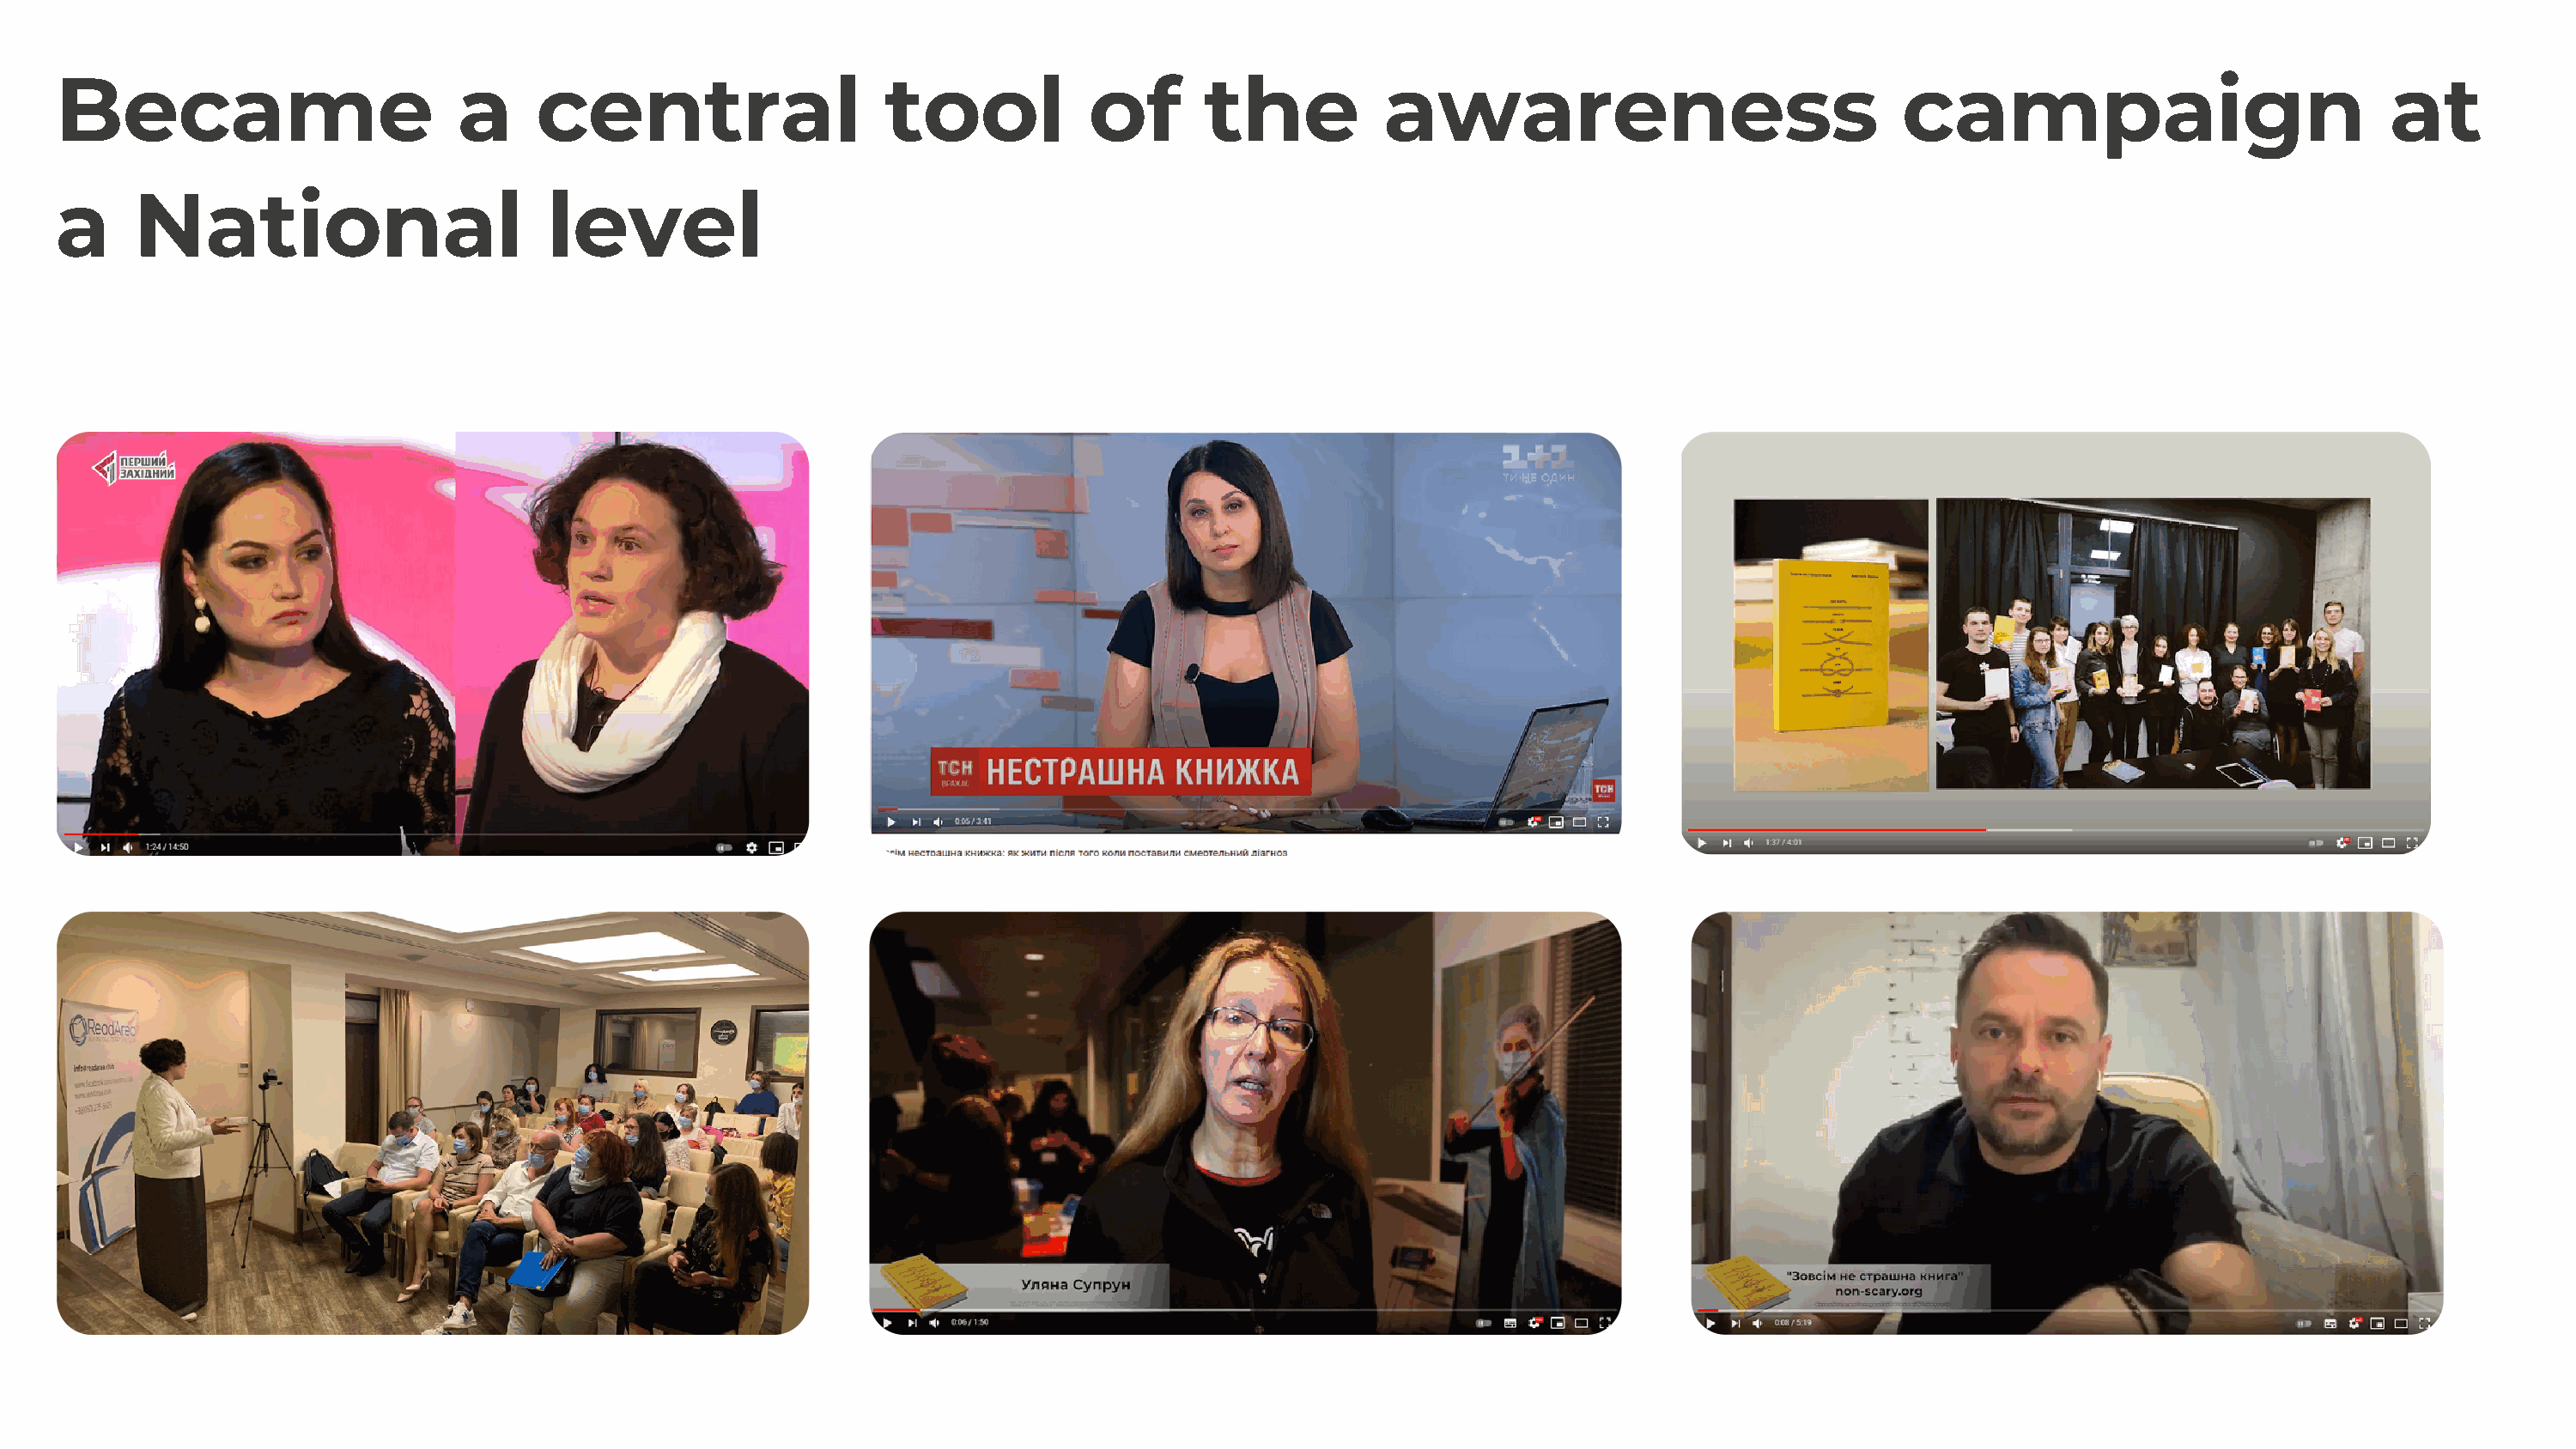
Became                         a     central                    tool            of       the           awareness                               campaign                             at
 a     National                        level